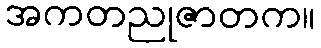
အကတညုဇာတက။